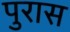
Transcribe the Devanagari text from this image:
पुरास